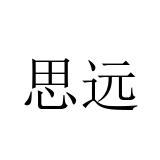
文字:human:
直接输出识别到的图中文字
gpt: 思远